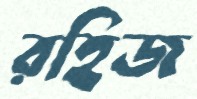
রহিজ